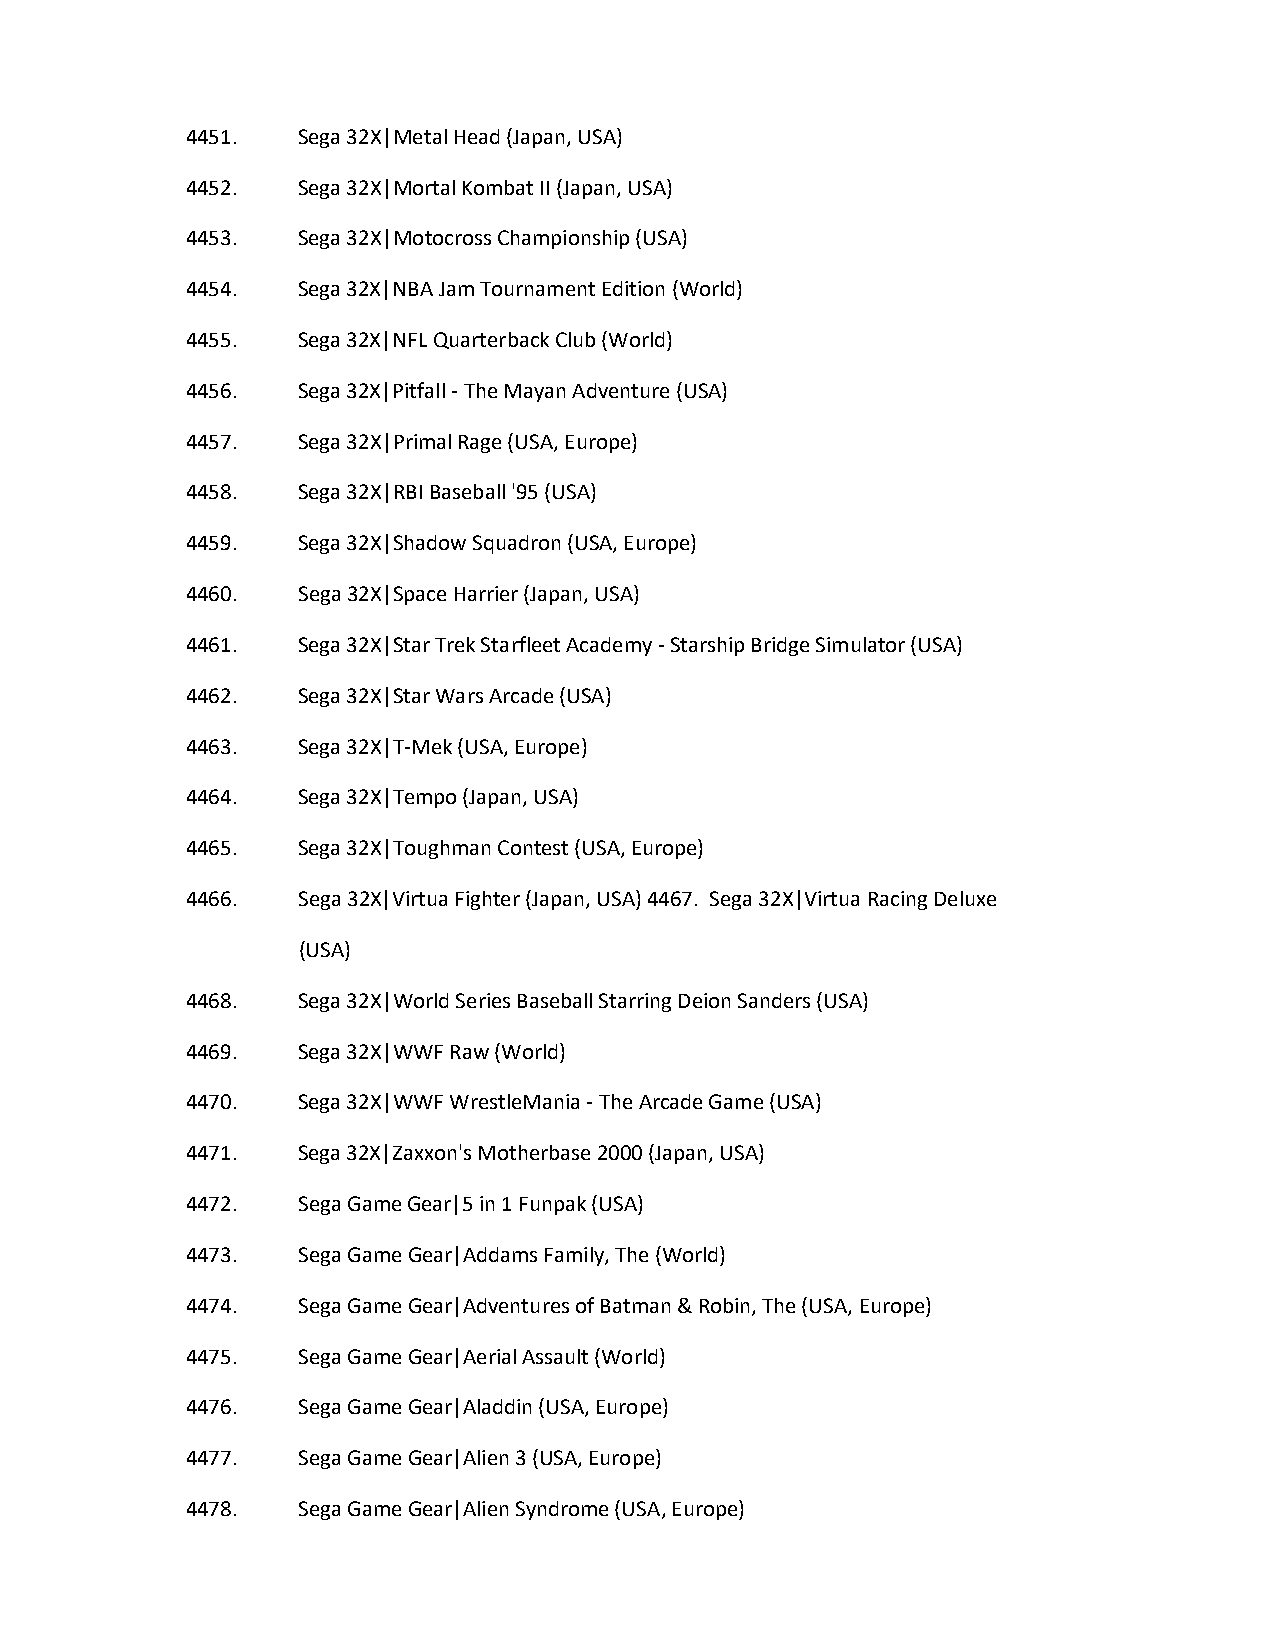
4451.   Sega 32X|Metal Head (Japan, USA)
 4452.   Sega 32X|Mortal Kombat II (Japan, USA)
 4453.   Sega 32X|Motocross Championship (USA)
 4454.   Sega 32X|NBA Jam Tournament Edition (World)
 4455.   Sega 32X|NFL Quarterback Club (World)
 4456.   Sega 32X|Pitfall - The Mayan Adventure (USA)
 4457.   Sega 32X|Primal Rage (USA, Europe)
 4458.   Sega 32X|RBI Baseball '95 (USA)
 4459.   Sega 32X|Shadow Squadron (USA, Europe)
 4460.   Sega 32X|Space Harrier (Japan, USA)
 4461.   Sega 32X|Star Trek Starfleet Academy - Starship Bridge Simulator (USA)
 4462.   Sega 32X|Star Wars Arcade (USA)
 4463.   Sega 32X|T-Mek (USA, Europe)
 4464.   Sega 32X|Tempo (Japan, USA)
 4465.   Sega 32X|Toughman Contest (USA, Europe)
 4466.   Sega 32X|Virtua Fighter (Japan, USA) 4467. Sega 32X|Virtua Racing Deluxe
 (USA)
 4468.   Sega 32X|World Series Baseball Starring Deion Sanders (USA)
 4469.   Sega 32X|WWF Raw (World)
 4470.   Sega 32X|WWF WrestleMania - The Arcade Game (USA)
 4471.   Sega 32X|Zaxxon's Motherbase 2000 (Japan, USA)
 4472.   Sega Game Gear|5 in 1 Funpak (USA)
 4473.   Sega Game Gear|Addams Family, The (World)
 4474.   Sega Game Gear|Adventures of Batman & Robin, The (USA, Europe)
 4475.   Sega Game Gear|Aerial Assault (World)
 4476.   Sega Game Gear|Aladdin (USA, Europe)
 4477.   Sega Game Gear|Alien 3 (USA, Europe)
 4478.   Sega Game Gear|Alien Syndrome (USA, Europe)